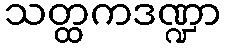
သတ္ထကဒဏ္ဍာ